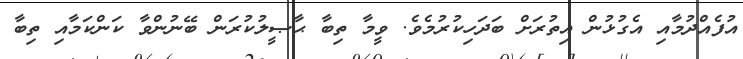
އުފެއްދުމާއި އެގުޅުން އިތުރަށް ބަދަހިކުރުމެވެ. ވީމާ ތިބާ ޙާޞީލުކުރަން ބޭނުންވާ ކަންކަމާއި ތިބާ